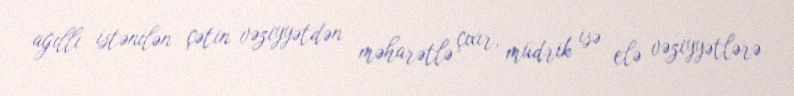
ağıllı istənilən çətin vəziyyətdən məharətlə çıxır, müdrik isə elə vəziyyətlərə